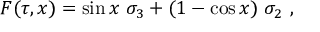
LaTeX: F ( \tau , x ) = \sin x \ \sigma _ { 3 } + ( 1 - \cos x ) \ \sigma _ { 2 } ~ ,